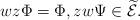
LaTeX: \begin{align*}wz\Phi=\Phi,zw\Psi\in\widetilde{\mathcal E}.\end{align*}